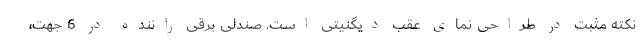
نکته مثبت در طراحی نمای عقب دیگنیتی است. صندلی برقی راننده در 6 جهت،